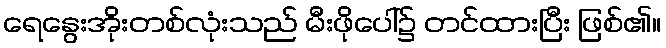
ရေနွေးအိုးတစ်လုံးသည် မီးဖိုပေါ်၌ တင်ထားပြီး ဖြစ်၏။